Sanitation, dispensaries and jails vaccination Rajputana 1922-1927 - 1922-1927
Year: 1922
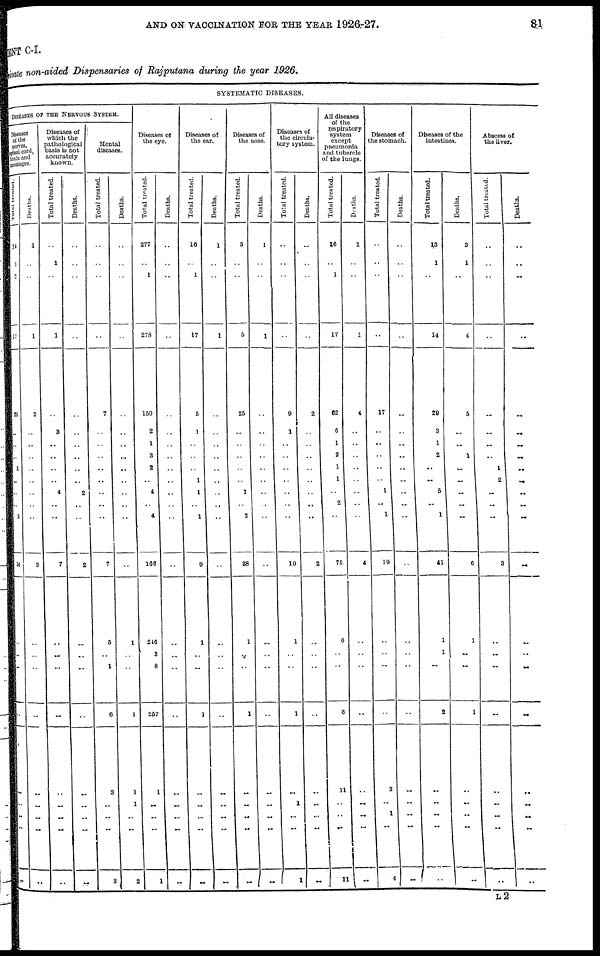
AND ON VACCINATION FOR THE YEAR 1926-27.
81
MENT C-I.
Private non-aided Dispensaries of Rajputana during the year 1926.
SYSTEMATIC DISEASES.
DISEASES OF THE NERVOUS SYSTEM.
Diseases
of the
nerves,
spinal cord,
brain and
meninges.
Total treated.
14
1
..
17
29
..
..
..
2
..
..
..
3
34
..
..
..
..
..
..
..
..
..
Deaths.
1
..
..
1
3
..
..
..
..
..
..
..
..
3
..
..
..
..
..
..
..
..
..
Diseases of
which the
pathological
basis is not
accurately
known.
Total treated.
..
1
..
1
..
3
..
..
..
..
4
..
..
7
..
..
..
..
..
..
..
..
..
Deaths.
..
..
..
..
..
..
..
..
..
..
2
..
..
2
..
..
..
..
..
..
..
..
..
Mental
diseases.
Total treated.
..
..
..
..
7
..
..
..
..
..
..
..
..
7
5
..
1
6
3
..
..
..
3
Deaths.
..
..
..
..
..
..
..
..
..
..
..
..
..
..
1
..
..
1
1
1
..
..
2
Diseases of
the eye.
Total treated.
277
..
1
278
150
2
1
3
2
..
4
..
4
166
246
3
8
257
1
..
..
..
1
Deaths.
..
..
..
..
..
..
..
..
..
..
..
..
..
..
..
..
..
..
..
..
..
..
..
Diseases of
the ear.
Total treated.
16
..
1
17
5
1
..
..
..
1
1
..
1
9
1
..
..
1
..
..
..
..
..
Deaths.
1
..
..
1
..
..
..
..
..
..
..
..
..
..
..
..
..
..
..
..
..
..
..
Diseases of
the nose.
Total treated.
5
..
5
25
..
..
..
..
..
1
..
2
28
1
..
..
1
..
..
..
..
..
Deaths.
1
..
..
1
..
..
..
..
..
..
..
..
..
..
..
..
..
..
..
..
..
..
..
Diseases of
the circula-
tory system.
Total treated.
..
..
..
..
9
1
..
..
..
..
..
..
..
10
1
..
..
1
..
1
..
..
1
Deaths.
..
..
..
..
2
..
..
..
..
..
..
..
..
2
..
..
..
..
..
..
..
..
..
All diseases
of the
respiratory
system
except
pneumonia
and tubercle
of the lungs.
Total treated.
16
..
1
17
62
6
1
2
1
1
..
2
..
75
6
..
..
6
11
..
..
..
11
Deaths.
1
..
..
1
4
..
..
..
..
..
..
..
..
4
..
..
..
..
..
..
..
..
..
Diseases of
the stomach.
Total treated.
..
..
..
..
17
..
..
..
..
..
1
..
1
19
..
..
..
..
3
..
1
..
4
Deaths.
..
..
..
..
..
..
..
..
..
..
..
..
..
..
..
..
..
..
..
..
..
..
..
Diseases of the
intestines.
Total treated.
13
1
..
14
29
3
1
2
..
..
5
..
1
41
1
1
..
2
..
..
..
..
..
Deaths.
3
1
..
4
5
..
..
1
..
..
..
..
..
6
1
..
..
1
..
..
..
..
..
Abscess of
the liver.
Total treated.
..
..
..
..
..
..
..
..
1
2
..
..
..
3
..
..
..
..
..
..
..
..
..
Deaths.
..
..
..
..
..
..
..
..
..
..
..
..
..
..
..
..
..
..
..
..
..
..
..
L 2